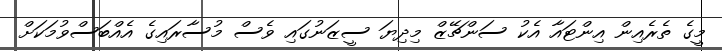
މީގެ ތެރެއިން އިންޓައާ އެކު ސަންޗޭޒް މިދިޔަ ސީޒަނުގައި ވެސް މުސާރައިގެ އެއްބަސްވުމަކަށް